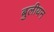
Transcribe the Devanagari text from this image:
बुलीयन